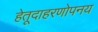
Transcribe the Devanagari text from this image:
हेतूदाहरणोपनय